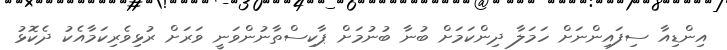
އިންޑިއާ ސިފައިންނަށް ހަމަލާ ދިންކަމަށް ބުނާ ބުނުމަށް ޕާކިސްތާނުންވަނީ ވަރަށް ރުޅިވެރިކަމާއެކު ދެކޮޅު